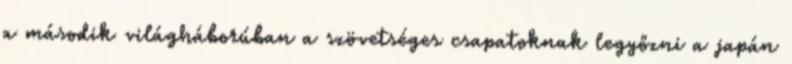
a második világháborúban a szövetséges csapatoknak legyőzni a japán